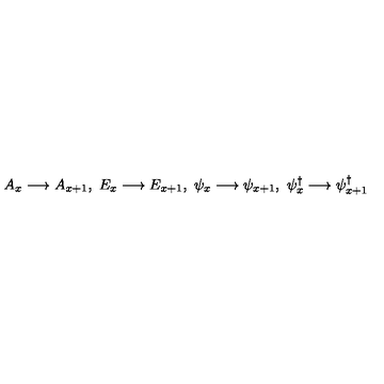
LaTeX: A _ { x } \longrightarrow A _ { x + 1 } , \ E _ { x } \longrightarrow E _ { x + 1 } , \ \psi _ { x } \longrightarrow \psi _ { x + 1 } , \ \psi _ { x } ^ { \dag } \longrightarrow \psi _ { x + 1 } ^ { \dag }